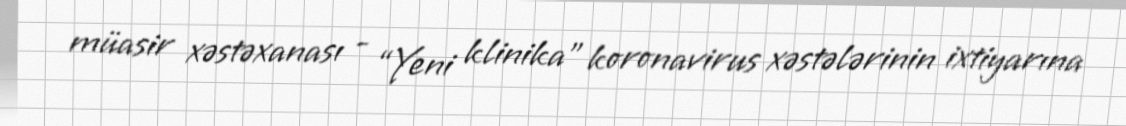
müasir xəstəxanası - “Yeni klinika” koronavirus xəstələrinin ixtiyarına